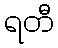
ရတီ